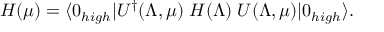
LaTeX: H ( \mu ) = \langle 0 _ { h i g h } | U ^ { \dagger } ( \Lambda , \mu ) \; H ( \Lambda ) \; U ( \Lambda , \mu ) | 0 _ { h i g h } \rangle .